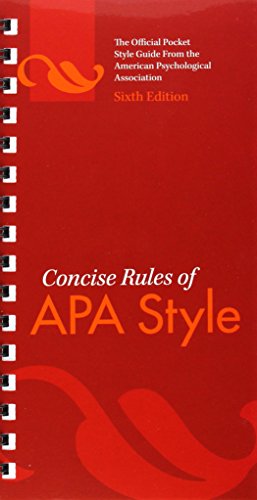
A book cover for Concise Rules of APA Style (Concise Rules of the American Psychological Association (APA) Style); American Psychological Association; Medical Books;